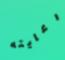
رعايته